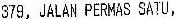
379, JALAN PERMAS SATU,